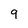
Character: 9